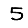
Digit: 5